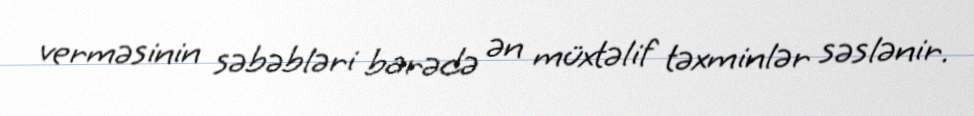
verməsinin səbəbləri barədə ən müxtəlif təxminlər səslənir.